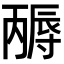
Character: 𡭃